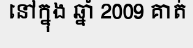
នៅក្នុង ឆ្នាំ 2009 គាត់